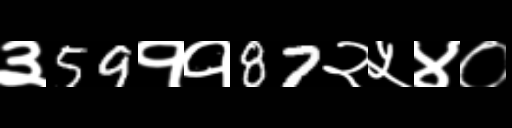
Text: ३59११87२५४०